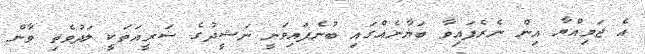
އެ ޖަމިއްޔާ އިން ނެރެފައިވާ ބަޔާނެއްގައި ބުނެފައިވަނީ ނަޝީދުގެ ޝަރީއަތަކީ ލަދުވެތި ވާން